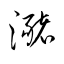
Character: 瀦